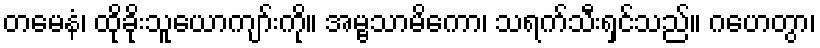
တမေနံ၊ ထိုခိုးသူယောကျာ်းကို။ အမ္ဗသာမိကော၊ သရက်သီးရှင်သည်။ ဂဟေတွာ၊